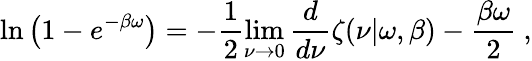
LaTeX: \ln\left(1-e^{-\beta\omega}\right)=-\frac 12\operatorname*{lim}_{\nu\rightarrow 0}{\frac{d}{d\nu}}\zeta(\nu|\omega,\beta)-{\frac{\beta\omega}{2}}~,